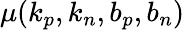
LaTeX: \mu(k_{p},k_{n},b_{p},b_{n})